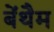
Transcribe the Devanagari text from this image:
बेंथैम